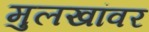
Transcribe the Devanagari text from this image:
मुलखांवर